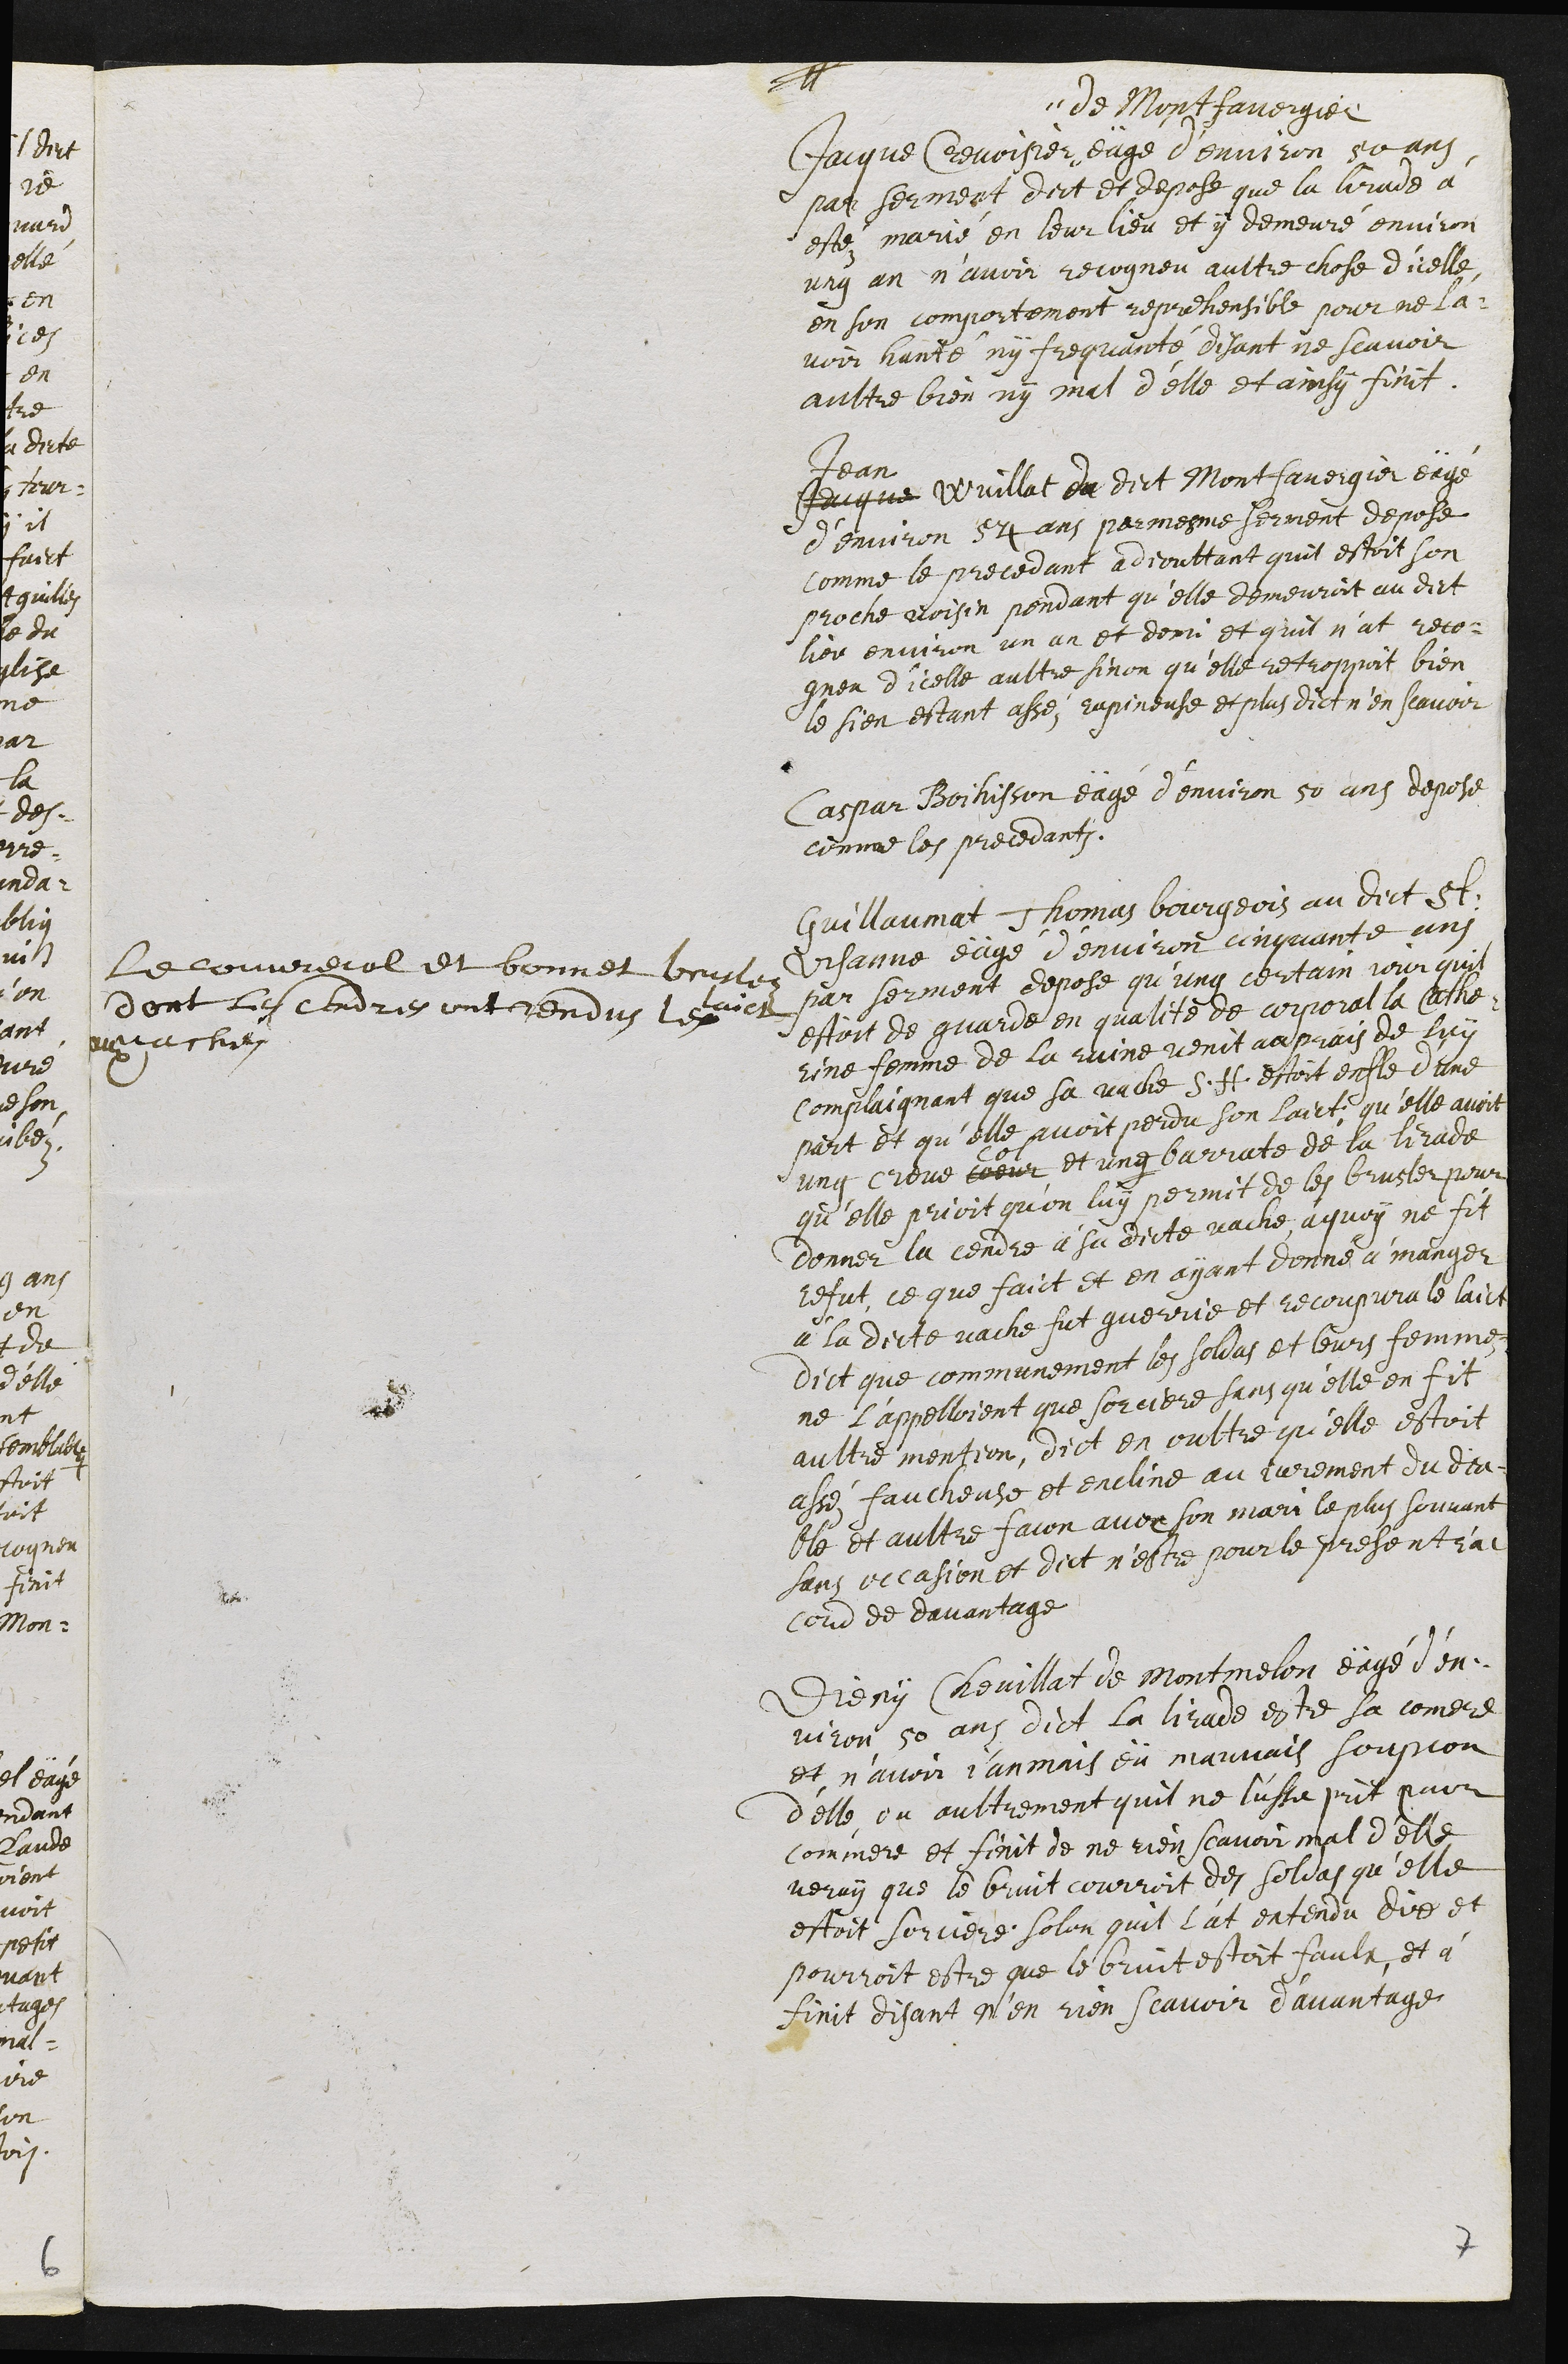
Jacque Crevoisier
de Montfavergier
eägé d’environ 50 ans
par serment dict et depose que la lirade à
estez marié en leur lieu et y demeuré environ
ung an n’avoir recogneu aultre chose d'icelle
en son comportement reprehensible pour ne l'a¬
voir hanté ny frequanté disant ne scavoir
aultre bien ny mal d’elle et ainsy finit.
Jean
Jacque Wuillat du dict Montfavergier eägé
d’environ 54 ans par mesme serment depose
comme le precedant adjouttant quil estoit son
proche voisin pendant qu’elle demeuroit au dict
lieu environ un an et demi et quil n'at reco¬
gneu d’icelle aultre sinon qu’elle retroppoit bien
le sien estant assez rapineuse et plus dict n'en scavoir
Caspar Boihisson eägé d’environ 50 ans depose
comme les precedants.
Le couvrecol et bonnet bruslez
dont les cendres ont rendus le laict
aux vaches :
Guillaumat Thomas bourgeois au dict St.
Ursanne eägé d'environ cinquante ans
par serment depose qu’ung certain jour quil
estoit de guarde en qualite de corporal la Cathe¬
rine femme de la ruine venit auprais de luy
complaignant que sa vache s.h. estoit enfle d'une
part et qu’elle avoit perdu son laict, qu’elle avoit
ung creve coeur
col
et ung barrate de la lirade
qu’elle prioit qu’on luy permit de les brusler pour
donner la cendre à sa dicte vache, à quoy ne fit
refut, ce que faict et en ayant donné à manger
à la dicte vache fut guerrie et recoupura le laict
dict que communement les soldas et leurs femme
ne l’appelloient que sorciere sans qu'elle en fit
aultre mention, dict en oultre qu’elle estoit
assé faucheuse et encline au jurement du dia¬
ble et aultre facon avec son mari le plus souvant
sans occasion et dict n’estre pour le present ra
cord de davantage
Dieny Chevillat de Montmelon eägé d'en¬
viron 50 ans dict la lirade estre sa comere
et n'avoir jamais eü mauvais soupcon
d'elle ou aultrement quil ne l'usse prit pour
commere et finit de ne rien scavoir mal d'elle
veray que le bruit courroit des soldas qu'elle
estoit sorciere, selon quil l’at entendu dire et
pourroit estre que le bruit estoit faulx, et à
finit disant n’en rien scavoir d'avantage
7